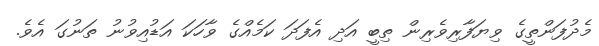
މެދުފަންތީގެ ވިޔަފާރިވެރިން ތިބީ އަދި އެފަދަ ކަމެއްގެ ވާހަކަ އަޑުއިވުނު ތަނުގަ އެވެ.